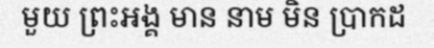
មួយ ព្រះអង្គ មាន នាម មិន ប្រាកដ